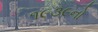
૧૯૩૯નો